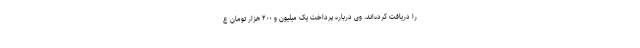
را دریافت کرده‌اند. وی درباره پرداخت یک میلیون و ۲۰۰ هزار تومان ع